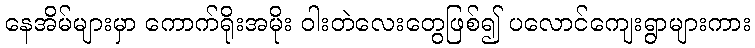
နေအိမ်များမှာ ကောက်ရိုးအမိုး ဝါးတဲလေးတွေဖြစ်၍ ပလောင်ကျေးရွာများကား